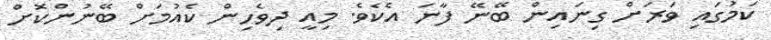
ކަމުގައި ވަރަށް ގިނައިން ބޭނޭ ފާނަ އެކެވެ. މިއީ ދިވެހިން ކެއުމަށް ބޭނުންކޮށް